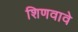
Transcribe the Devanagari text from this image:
शिणवावे